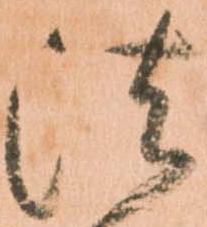
法